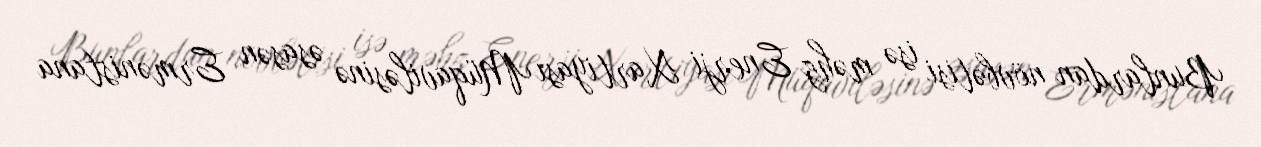
Bunlardan növbətisi isə məhz Enerji Xartiyası Müqaviləsinə əsasən Ermənistana